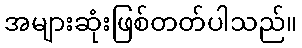
အများဆုံးဖြစ်တတ်ပါသည်။